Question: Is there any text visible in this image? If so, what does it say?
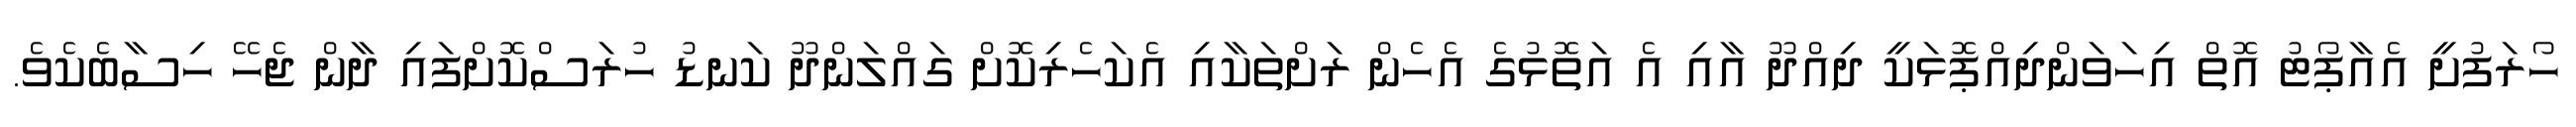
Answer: ހޯރަފުށީ އެއާޕޯޓު އޮތް އިހަވަންދިއްޕޮޅަކީ ދިއްދޫ އާއި އެ އަތޮޅުގެ އެހެން ރަށްތަކާއި އެކަހެރިކޮށް ގައްލަންދޫ ކަނޑު ހުރަސްކޮށްފައި ދާން ޖެހޭ ހިސާބެކެވެ.